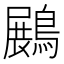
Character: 𪄡